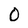
Character: 0